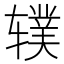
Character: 𫐗